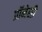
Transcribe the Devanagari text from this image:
प्रॉमेसी